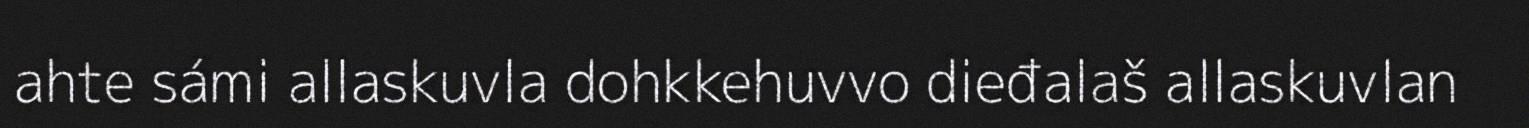
ahte sámi allaskuvla dohkkehuvvo dieđalaš allaskuvlan